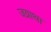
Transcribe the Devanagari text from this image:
जग्राथा